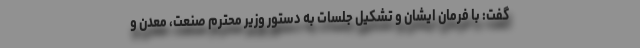
گفت: با فرمان ایشان و تشکیل جلسات به دستور وزیر محترم صنعت، معدن و